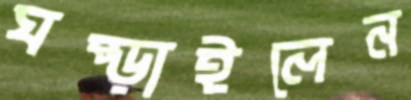
ঘষ্‌ড়াইলেন